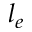
l _ { e }